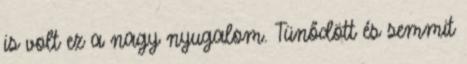
is volt ez a nagy nyugalom. Tünődött és semmit